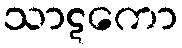
သာဋကော